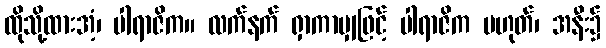
ထိုသို့ထားအံ့၊ ပါရာဇိက။ လက်နက် ရှာကာမျှဖြင့် ပါရာဇိက မဟုတ်၊ အနီး၌